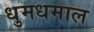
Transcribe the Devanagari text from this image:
धुमधमाल